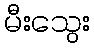
မီးသွေး